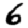
Digit: 6